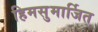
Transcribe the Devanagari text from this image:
हिमसुमार्जित